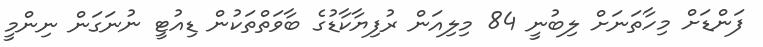
ފަންޑަށް މިހާތަނަށް ލިބުނީ 84 މިލިއަން ރުފިޔާކާޑުގެ ބާވަތްތަކުން ޑިއުޓީ ނުނަގަން ނިންމީ